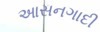
આસનગાદી